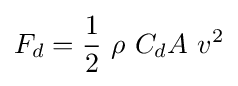
F_{d}={\frac {1}{2}}\ \rho \ C_{d}A\ v^{2}